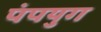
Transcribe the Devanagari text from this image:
पंपयुग